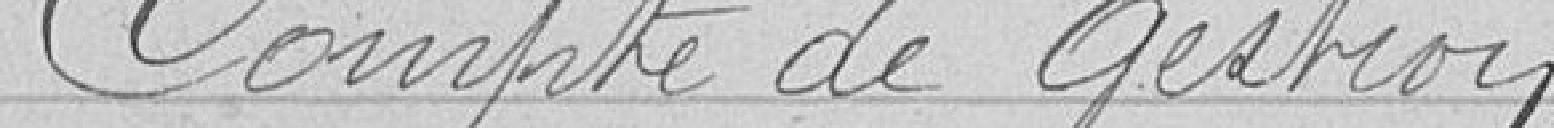
Compte de gestion